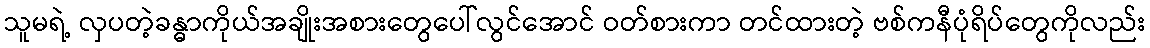
သူမရဲ့ လှပတဲ့ခန္ဓာကိုယ်အချိုးအစားတွေပေါ်လွင်အောင် ဝတ်စားကာ တင်ထားတဲ့ ဗစ်ကနီပုံရိပ်တွေကိုလည်း